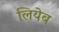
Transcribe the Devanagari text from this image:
लियेब